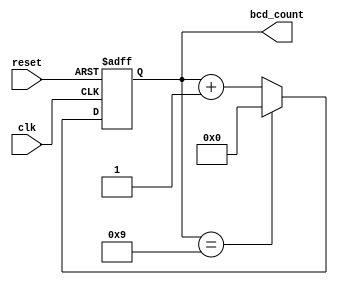
module BCD_Counter (
    input wire clk,
    input wire reset,
    output reg [3:0] bcd_count
);

always @(posedge clk or posedge reset) begin
    if (reset) begin
        bcd_count <= 4'b0000;
    end else begin
        if (bcd_count == 4'b1001) begin
            bcd_count <= 4'b0000;
        end else begin
            bcd_count <= bcd_count + 4'b0001;
        end
    end
end

endmodule